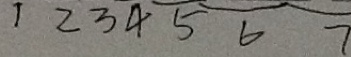
1 2 3 4 5 6 7